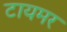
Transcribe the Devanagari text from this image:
टायमर